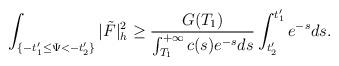
LaTeX: \begin{align*}\int_{\{-t'_1\le\Psi<-t'_2\}}|\tilde{F}|^2_h\ge\frac{G(T_1)}{\int_{T_1}^{+\infty}c(s)e^{-s}ds}\int_{t'_2}^{t'_1}e^{-s}ds.\end{align*}